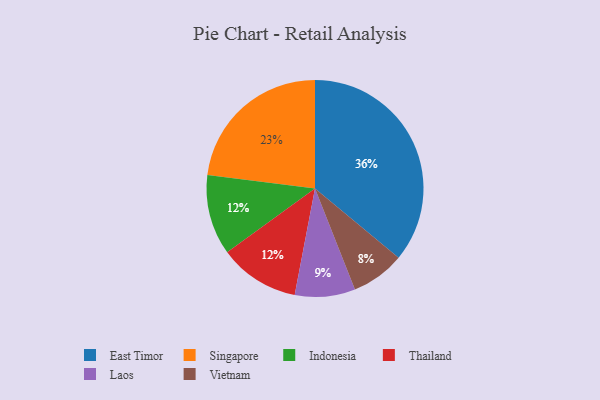
{"axis": {"x": "Category", "y": "Percentage"}, "legend": ["East Timor", "Indonesia", "Laos", "Singapore", "Thailand", "Vietnam"], "data": [{"x": "East Timor", "y": 36, "type": "East Timor"}, {"x": "Indonesia", "y": 12, "type": "Indonesia"}, {"x": "Vietnam", "y": 8, "type": "Vietnam"}, {"x": "Thailand", "y": 12, "type": "Thailand"}, {"x": "Singapore", "y": 23, "type": "Singapore"}, {"x": "Laos", "y": 9, "type": "Laos"}]}